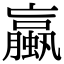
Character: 蠃